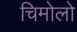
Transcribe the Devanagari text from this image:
चिमोलो